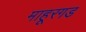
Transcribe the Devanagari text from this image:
माहूरगड